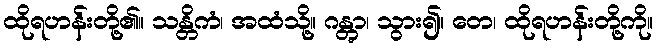
ထိုရဟန်းတို့၏။ သန္တိကံ၊ အထံသို့။ ဂန္တွာ၊ သွား၍။ တေ၊ ထိုရဟန်းတို့ကို။